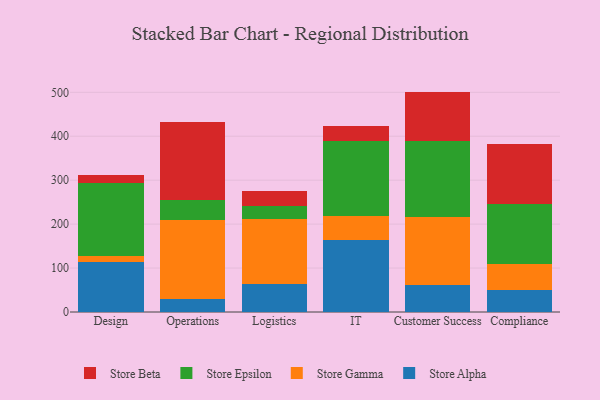
{"axis": {"x": "Department", "y": "Temperature (°C)"}, "legend": ["Store Alpha", "Store Beta", "Store Epsilon", "Store Gamma"], "data": [{"x": "Design", "y": 113.9, "type": "Store Alpha"}, {"x": "Design", "y": 14.3, "type": "Store Gamma"}, {"x": "Design", "y": 166.5, "type": "Store Epsilon"}, {"x": "Design", "y": 17.8, "type": "Store Beta"}, {"x": "Operations", "y": 30.5, "type": "Store Alpha"}, {"x": "Operations", "y": 178.9, "type": "Store Gamma"}, {"x": "Operations", "y": 46.6, "type": "Store Epsilon"}, {"x": "Operations", "y": 175.4, "type": "Store Beta"}, {"x": "Logistics", "y": 64.6, "type": "Store Alpha"}, {"x": "Logistics", "y": 147.3, "type": "Store Gamma"}, {"x": "Logistics", "y": 29.5, "type": "Store Epsilon"}, {"x": "Logistics", "y": 34.3, "type": "Store Beta"}, {"x": "IT", "y": 163.4, "type": "Store Alpha"}, {"x": "IT", "y": 55.9, "type": "Store Gamma"}, {"x": "IT", "y": 171.0, "type": "Store Epsilon"}, {"x": "IT", "y": 32.0, "type": "Store Beta"}, {"x": "Customer Success", "y": 61.0, "type": "Store Alpha"}, {"x": "Customer Success", "y": 155.5, "type": "Store Gamma"}, {"x": "Customer Success", "y": 173.8, "type": "Store Epsilon"}, {"x": "Customer Success", "y": 111.3, "type": "Store Beta"}, {"x": "Compliance", "y": 50.2, "type": "Store Alpha"}, {"x": "Compliance", "y": 59.3, "type": "Store Gamma"}, {"x": "Compliance", "y": 136.5, "type": "Store Epsilon"}, {"x": "Compliance", "y": 137.3, "type": "Store Beta"}]}